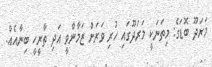
މަރަދޫ ބޮޑަގެ: މިތަނަކީ މަރަދޫގައި ހުރި ވަރަށް ޒަމާންވީ އަދި ތާރީހީ ބިނާއެއް.